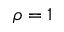
\rho = 1